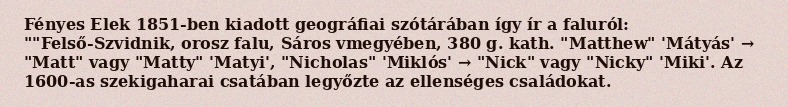
Fényes Elek 1851-ben kiadott geográfiai szótárában így ír a faluról: ""Felső-Szvidnik, orosz falu, Sáros vmegyében, 380 g. kath. "Matthew" 'Mátyás' → "Matt" vagy "Matty" 'Matyi', "Nicholas" 'Miklós' → "Nick" vagy "Nicky" 'Miki'. Az 1600-as szekigaharai csatában legyőzte az ellenséges családokat.